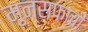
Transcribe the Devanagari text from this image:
मुन्सफाची